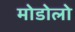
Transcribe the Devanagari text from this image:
मोडोलो